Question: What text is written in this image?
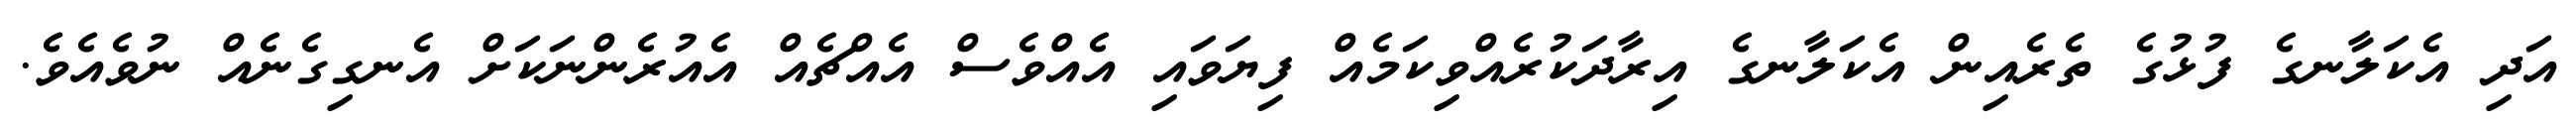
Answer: އަދި އެކަލާނގެ ފުޅުގެ ތެރެއިން އެކަލާނގެ އިރާދަކުރެއްވިކަމެއް ފިޔަވައި އެއްވެސް އެއްޗެއް އެއުރެންނަކަށް އެނގިގެނެއް ނުވެއެވެ.